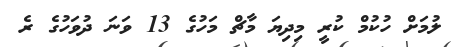
ލުމަށް ހުކުމް ކުރީ މިދިޔަ މާޗް މަހުގެ 13 ވަނަ ދުވަހުގެ ރެ